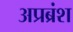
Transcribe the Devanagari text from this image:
अप्रब्रंश